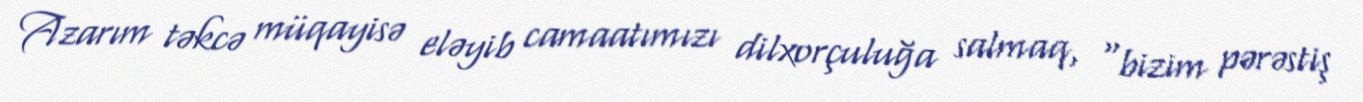
Azarım təkcə müqayisə eləyib camaatımızı dilxorçuluğa salmaq, “bizim pərəstiş